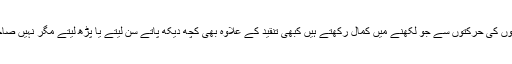
بات تو پکی تب ہوتی کہ ہم اُن کے مبارک چہروں کے ساتھ ساتھ قابل قدر زبانوں سے اور گراں قدر انگلیوں کی حرکتوں سے جو لکھنے میں کمال رکھتے ہیں کبھی تنقید کے علاوہ بھی کچھ دیکھ پاتے سن لیتے یا پڑھ لیتے مگر نہیں صاحبان جب بھی بات کریں گے اپنی دانش کو بروئے کار لائیں گے تو منفی سوچ اور تنقید ہی نظر آئے گی۔